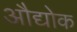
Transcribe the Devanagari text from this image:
औद्योक